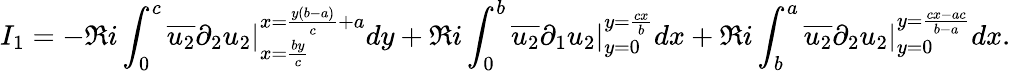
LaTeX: I_{1}=-\Re i\int_{0}^{c}\overline{{u_{2}}}\partial_{2}u_{2}|_{x=\frac{by}{c}}^{x=\frac{y(b-a)}{c}+a}dy+\Re i\int_{0}^{b}\overline{{u_{2}}}\partial_{1}u_{2}|_{y=0}^{y=\frac{cx}{b}}dx+\Re i\int_{b}^{a}\overline{{u_{2}}}\partial_{2}u_{2}|_{y=0}^{y=\frac{cx-ac}{b-a}}dx.